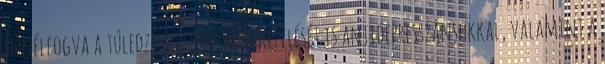
ennélfogva a túledzési szindróma kezelését is antidepresszánsokkal, valamint a